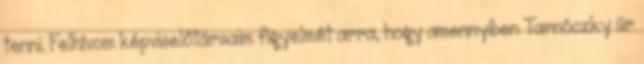
tenni. Felhívom képviselőtársaim figyelmét arra, hogy amennyiben Tarnóczky úr